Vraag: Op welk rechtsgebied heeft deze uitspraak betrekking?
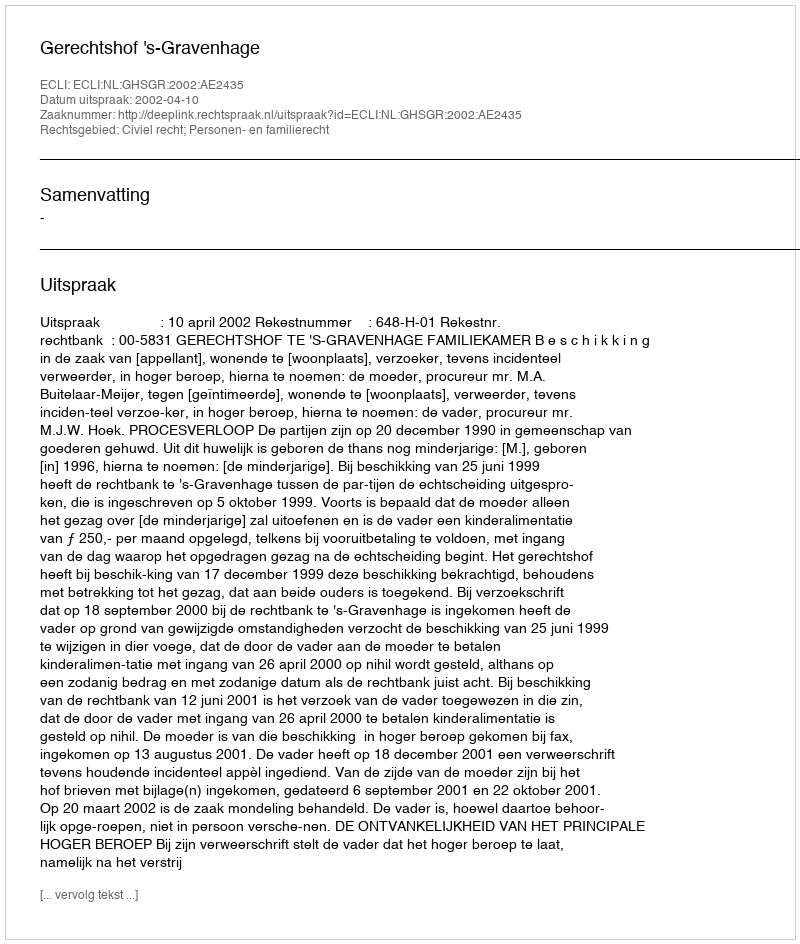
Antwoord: Civiel recht; Personen- en familierecht